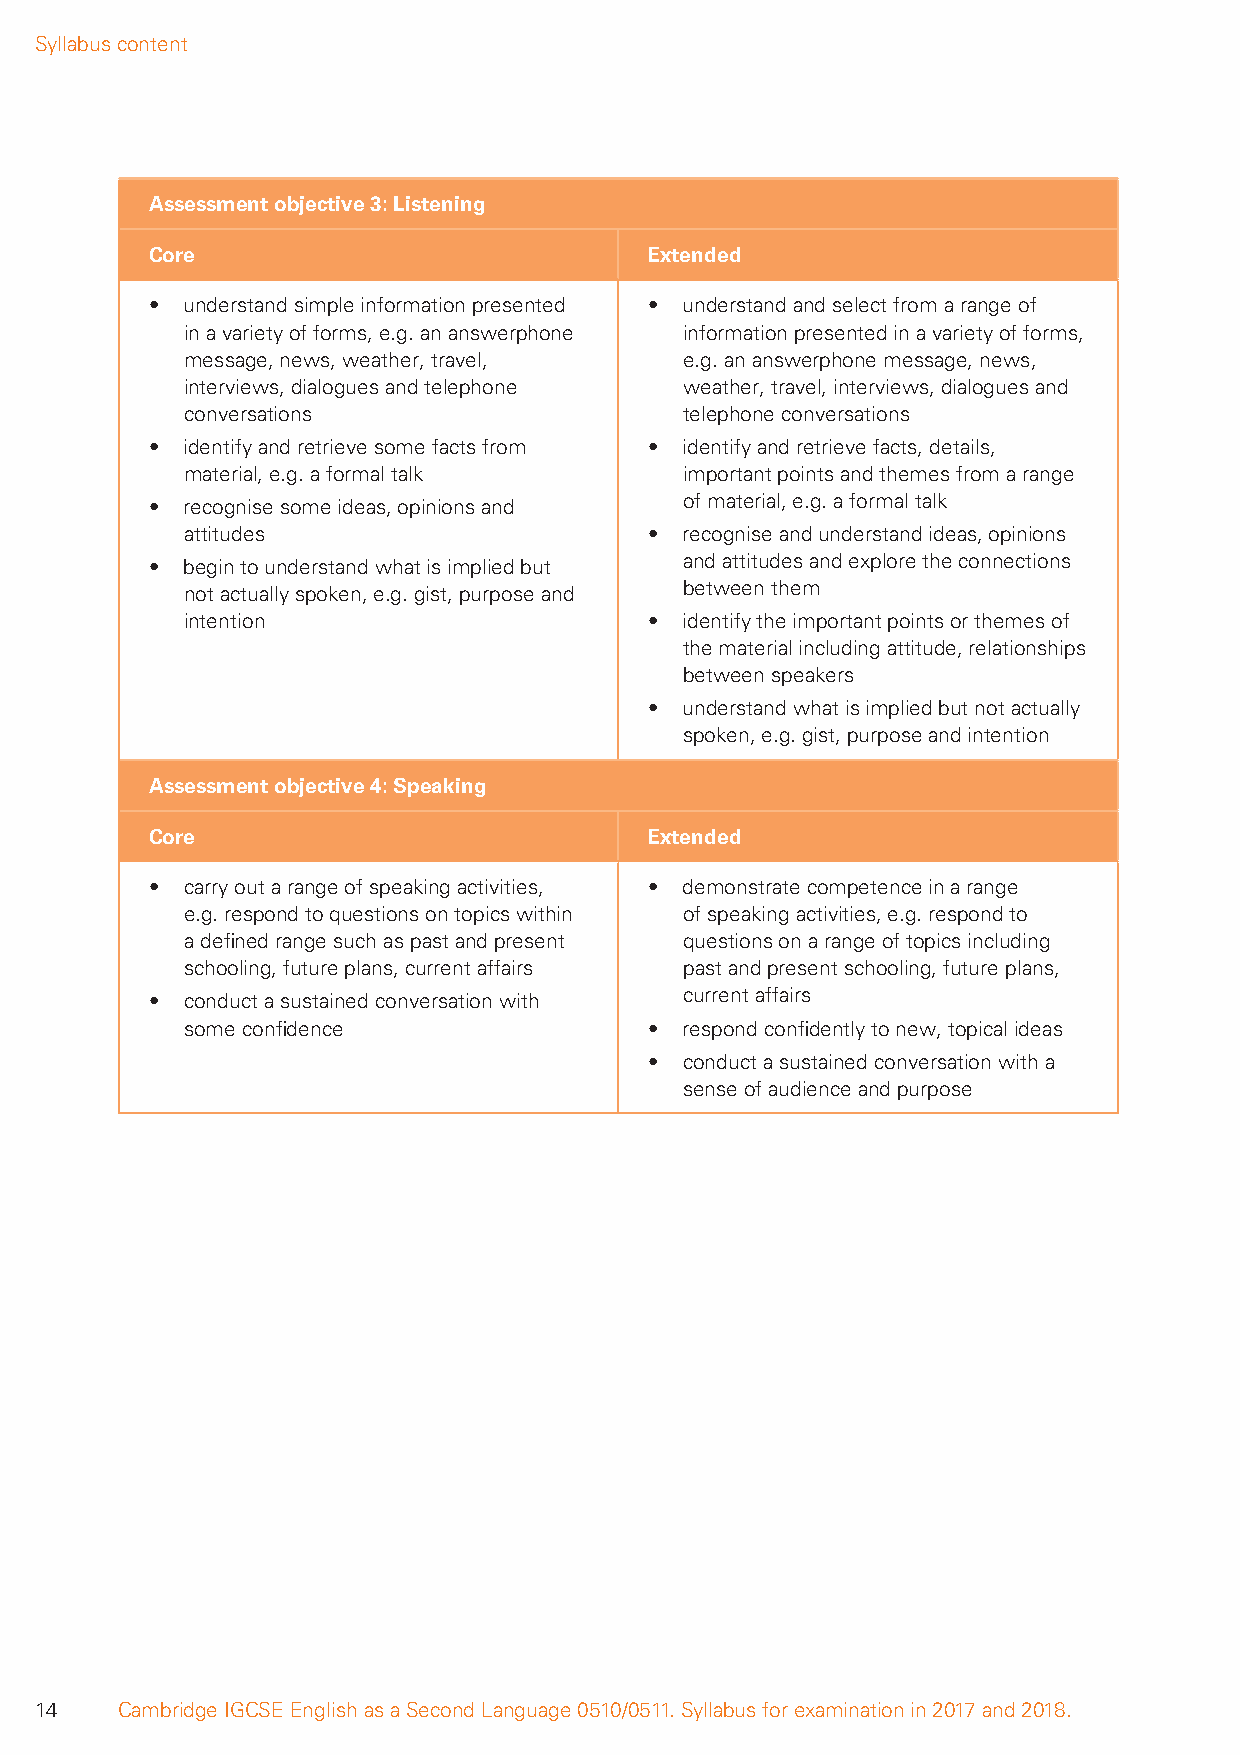
Syllabus content
 Assessment objective 3: Listening
 Core                             Extended
 • understand simple information presented • understand and select from a range of
 in a variety of forms, e.g. an answerphone information presented in a variety of forms,
 message, news, weather, travel,  e.g. an answerphone message, news,
 interviews, dialogues and telephone weather, travel, interviews, dialogues and
 conversations                    telephone conversations
 • identify and retrieve some facts from • identify and retrieve facts, details,
 material, e.g. a formal talk     important points and themes from a range
 • recognise some ideas, opinions and of material, e.g. a formal talk
 attitudes                      • recognise and understand ideas, opinions
 • begin to understand what is implied but and attitudes and explore the connections
 not actually spoken, e.g. gist, purpose and between them
 intention                      • identify the important points or themes of
 the material including attitude, relationships
 between speakers
 • understand what is implied but not actually
 spoken, e.g. gist, purpose and intention
 Assessment objective 4: Speaking
 Core                             Extended
 • carry out a range of speaking activities, • demonstrate competence in a range
 e.g. respond to questions on topics within of speaking activities, e.g. respond to
 a defi ned range such as past and present questions on a range of topics including
 schooling, future plans, current affairs past and present schooling, future plans,
 • conduct a sustained conversation with current affairs
 some confi dence               • respond confi dently to new, topical ideas
 • conduct a sustained conversation with a
 sense of audience and purpose
 14    Cambridge IGCSE English as a Second Language 0510/0511. Syllabus for examination in 2017 and 2018.